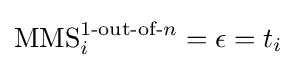
\operatorname {MMS} _{i}^{1{\text{-out-of-}}n}=\epsilon =t_{i}